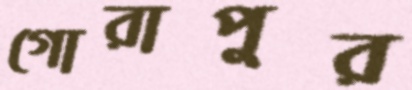
গোরাপুর